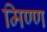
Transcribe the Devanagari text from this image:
मिण्ण